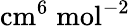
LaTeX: \mathrm{cm}^{6}\; \mathrm{mol}^{-2}